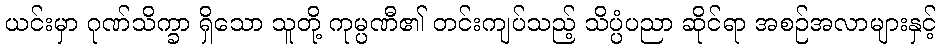
ယင်းမှာ ဂုဏ်သိက္ခာ ရှိသော သူတို့ ကုမ္ပဏီ၏ တင်းကျပ်သည့် သိပ္ပံပညာ ဆိုင်ရာ အစဉ်အလာများနှင့်